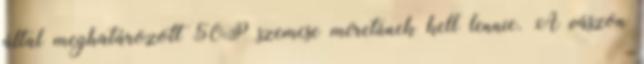
által meghatározott 50P szemcse méretûnek kell lennie. A vászon